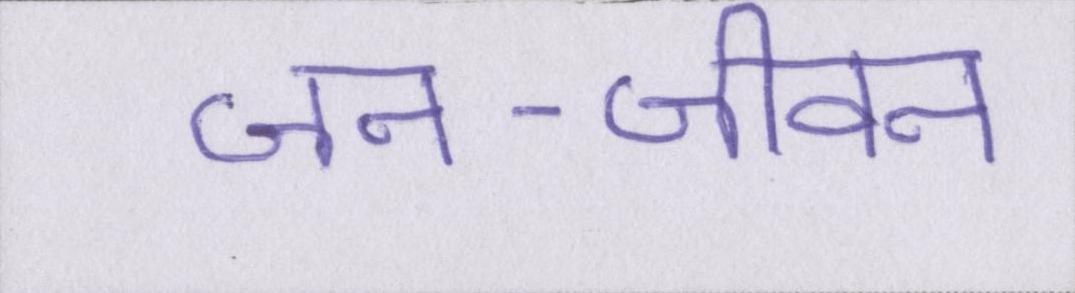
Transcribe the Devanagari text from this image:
जन-जीवन